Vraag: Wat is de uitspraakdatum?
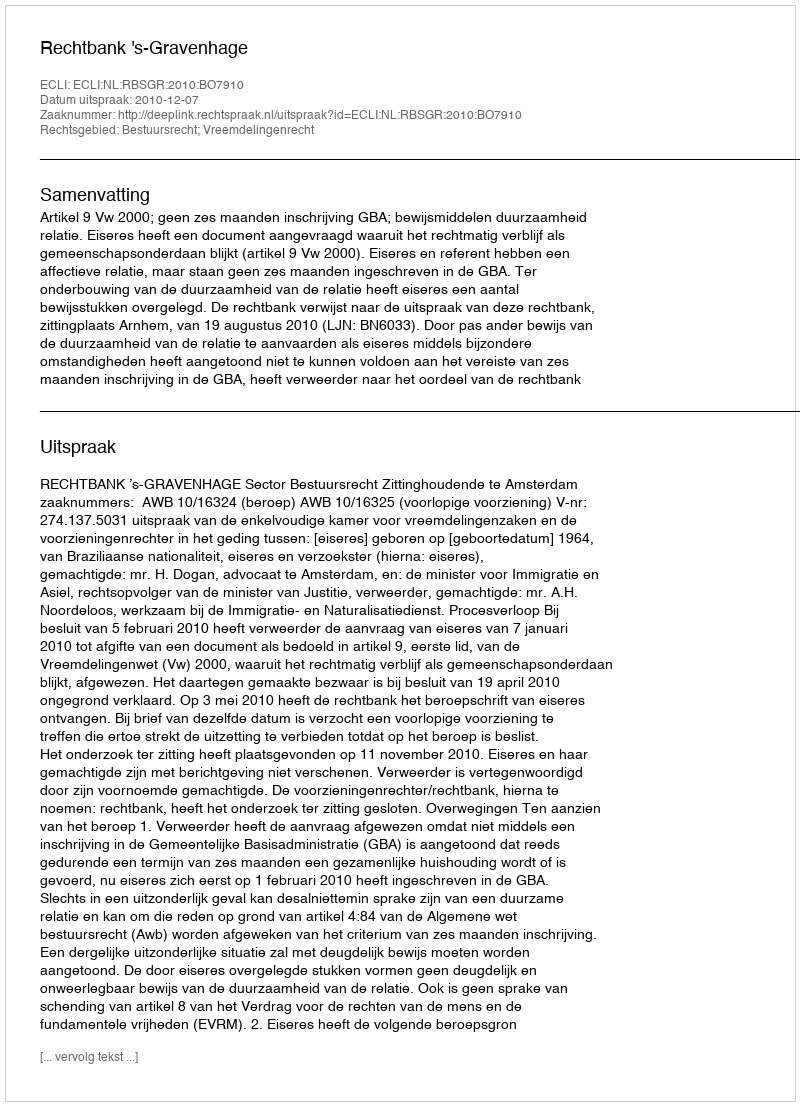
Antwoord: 2010-12-07